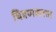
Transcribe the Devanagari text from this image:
चित्रणकरता